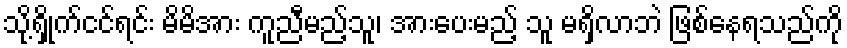
သို့ရှိုက်ငင်ရင်း မိမိအား ကူညီမည့်သူ၊ အားပေးမည့် သူ မရှိလာဘဲ ဖြစ်နေရသည်ကို